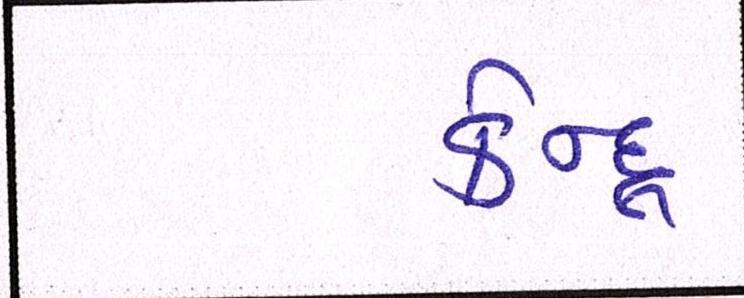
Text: કેન્દ્ર